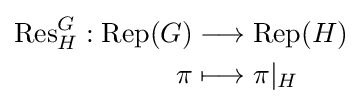
{\begin{aligned}\operatorname {Res} _{H}^{G}:\operatorname {Rep} (G)&\longrightarrow \operatorname {Rep} (H)\\\pi &\longmapsto \pi |_{H}\end{aligned}}